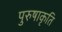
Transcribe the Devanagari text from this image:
पुरुषाकृति